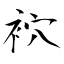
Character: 袕